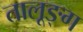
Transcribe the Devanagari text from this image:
तालूङ्ग